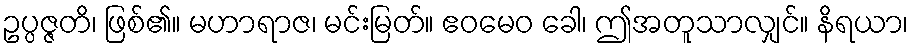
ဥပ္ပဇ္ဇတိ၊ ဖြစ်၏။ မဟာရာဇ၊ မင်းမြတ်။ ဧဝမေဝ ခေါ၊ ဤအတူသာလျှင်။ နိရယာ၊